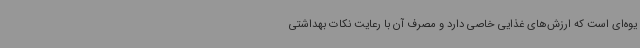
یوه‌ای است که ارزش‌های غذایی خاصی دارد و مصرف آن با رعایت نکات بهداشتی